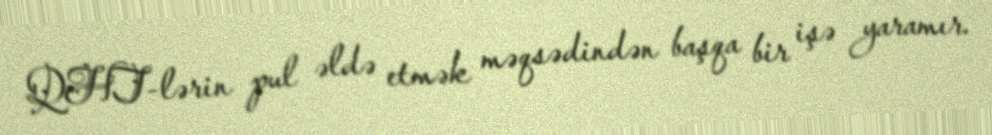
QHT-lərin pul əldə etmək məqsədindən başqa bir işə yaramır.